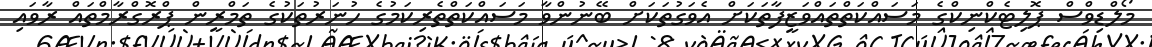
މޯލްޑިވްސް ޕޮލިޓެކްނިކްގެ މަސައްކަތްތައްވަޒީފާތަކަށް އެވަގުތަކަށް ބޭނުންވާ މަސައްކަތްތެރިކަމުގެ ހުނަރުތަކުގެ ތަމްރީން ޕްރޮގްރާމްތައް ރާވައި